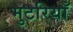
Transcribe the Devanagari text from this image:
मुटरियाँ